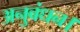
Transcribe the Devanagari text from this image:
अनुबंधन।